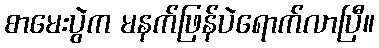
စာမေးပွဲက မနက်ဖြန်ပဲရောက်လာပြီ။